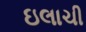
ઇલાચી